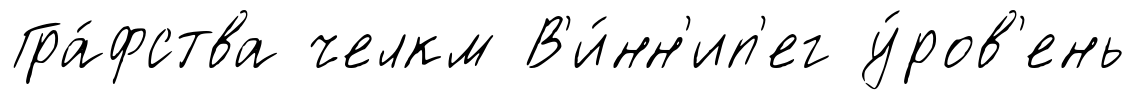
Гра́фства челкм В'и́нн'ип'ег у́ров'ень